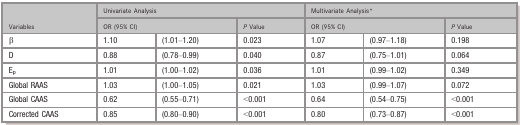
| <ROWSPAN=2> Variables | <COLSPAN=3> Univariate Analysis | <COLSPAN=3> Multivariate Analysisa |
 | <COLSPAN=2> OR (95% CI) | P Value | <COLSPAN=2> OR (95% CI) | P Value |
 | --- | --- | --- | --- | --- | --- | --- |
 | β | 1.10 | (1.01–1.20) | 0.023 | 1.07 | (0.97–1.18) | 0.198 |
 | D | 0.88 | (0.78–0.99) | 0.040 | 0.87 | (0.75–1.01) | 0.064 |
 | Ep | 1.01 | (1.00–1.02) | 0.036 | 1.01 | (0.99–1.02) | 0.349 |
 | Global RAAS | 1.03 | (1.00–1.05) | 0.021 | 1.03 | (0.99–1.07) | 0.072 |
 | Global CAAS | 0.62 | (0.55–0.71) | <0.001 | 0.64 | (0.54–0.75) | <0.001 |
 | Corrected CAAS | 0.85 | (0.80–0.90) | <0.001 | 0.80 | (0.73–0.87) | <0.001 |